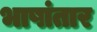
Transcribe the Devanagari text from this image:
भाषांतार